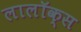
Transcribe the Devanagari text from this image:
लालॉक्स